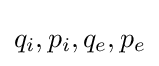
q_{i},p_{i},q_{e},p_{e}